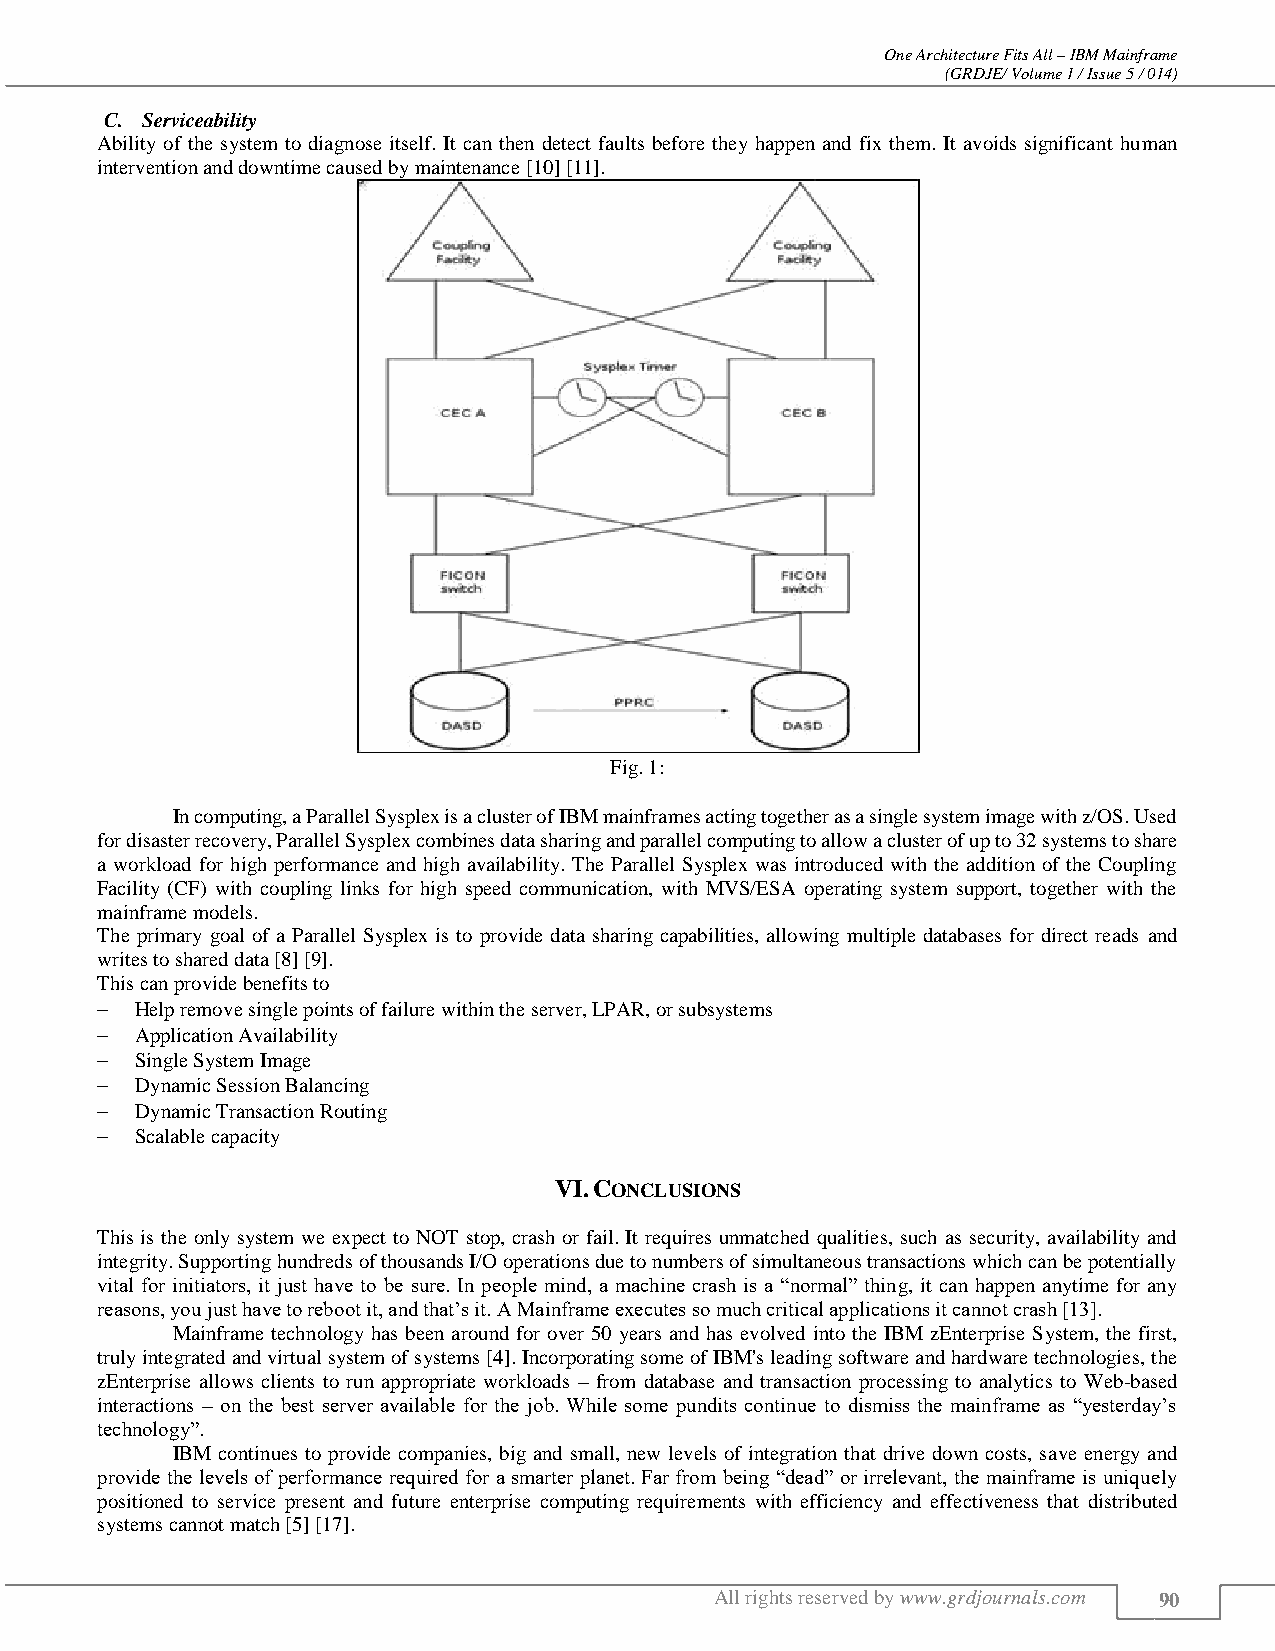
One Architecture Fits All – IBM Mainframe
 (GRDJE/ Volume 1 / Issue 5 / 014)
 C. Serviceability
 Ability of the system to diagnose itself. It can then detect faults before they happen and fix them. It avoids significant human
 intervention and downtime caused by maintenance [10] [11].
 Fig. 1:
 In computing, a Parallel Sysplex is a cluster of IBM mainframes acting together as a single system image with z/OS. Used
 for disaster recovery, Parallel Sysplex combines data sharing and parallel computing to allow a cluster of up to 32 systems to share
 a workload for high performance and high availability. The Parallel Sysplex was introduced with the addition of the Coupling
 Facility (CF) with coupling links for high speed communication, with MVS/ESA operating system support, together with the
 mainframe models.
 The primary goal of a Parallel Sysplex is to provide data sharing capabilities, allowing multiple databases for direct reads and
 writes to shared data [8] [9].
 This can provide benefits to
   Help remove single points of failure within the server, LPAR, or subsystems
   Application Availability
   Single System Image
   Dynamic Session Balancing
   Dynamic Transaction Routing
   Scalable capacity
 VI. CONCLUSIONS
 This is the only system we expect to NOT stop, crash or fail. It requires unmatched qualities, such as security, availability and
 integrity. Supporting hundreds of thousands I/O operations due to numbers of simultaneous transactions which can be potentially
 vital for initiators, it just have to be sure. In people mind, a machine crash is a “normal” thing, it can happen anytime for any
 reasons, you just have to reboot it, and that’s it. A Mainframe executes so much critical applications it cannot crash [13].
 Mainframe technology has been around for over 50 years and has evolved into the IBM zEnterprise System, the first,
 truly integrated and virtual system of systems [4]. Incorporating some of IBM's leading software and hardware technologies, the
 zEnterprise allows clients to run appropriate workloads – from database and transaction processing to analytics to Web-based
 interactions – on the best server available for the job. While some pundits continue to dismiss the mainframe as “yesterday’s
 technology”.
 IBM continues to provide companies, big and small, new levels of integration that drive down costs, save energy and
 provide the levels of performance required for a smarter planet. Far from being “dead” or irrelevant, the mainframe is uniquely
 positioned to service present and future enterprise computing requirements with efficiency and effectiveness that distributed
 systems cannot match [5] [17].
 All rights reserved by www.grdjournals.com 90